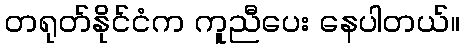
တရုတ်နိုင်ငံက ကူညီပေး နေပါတယ်။